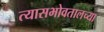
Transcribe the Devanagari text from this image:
त्यासभोवतालच्या